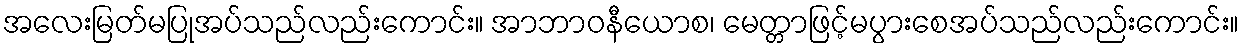
အလေးမြတ်မပြုအပ်သည်လည်းကောင်း။ အာဘာဝနီယောစ၊ မေတ္တာဖြင့်မပွားစေအပ်သည်လည်းကောင်း။